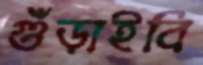
গুঁড়াইবি